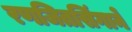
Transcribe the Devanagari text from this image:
रणजितसिंगाने